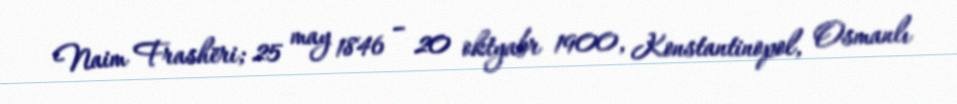
Naim Frashëri; 25 may 1846 – 20 oktyabr 1900, Konstantinopol, Osmanlı